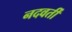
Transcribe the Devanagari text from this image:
नदवर्ती